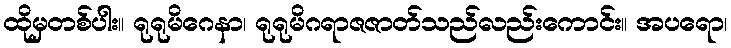
ထိုမှတစ်ပါး။ ရုရုမိဂေနာ၊ ရုရုမိဂရာဇဇာတ်သည်လည်းကောင်း။ အပရော၊